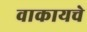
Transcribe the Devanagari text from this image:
वाकायचे